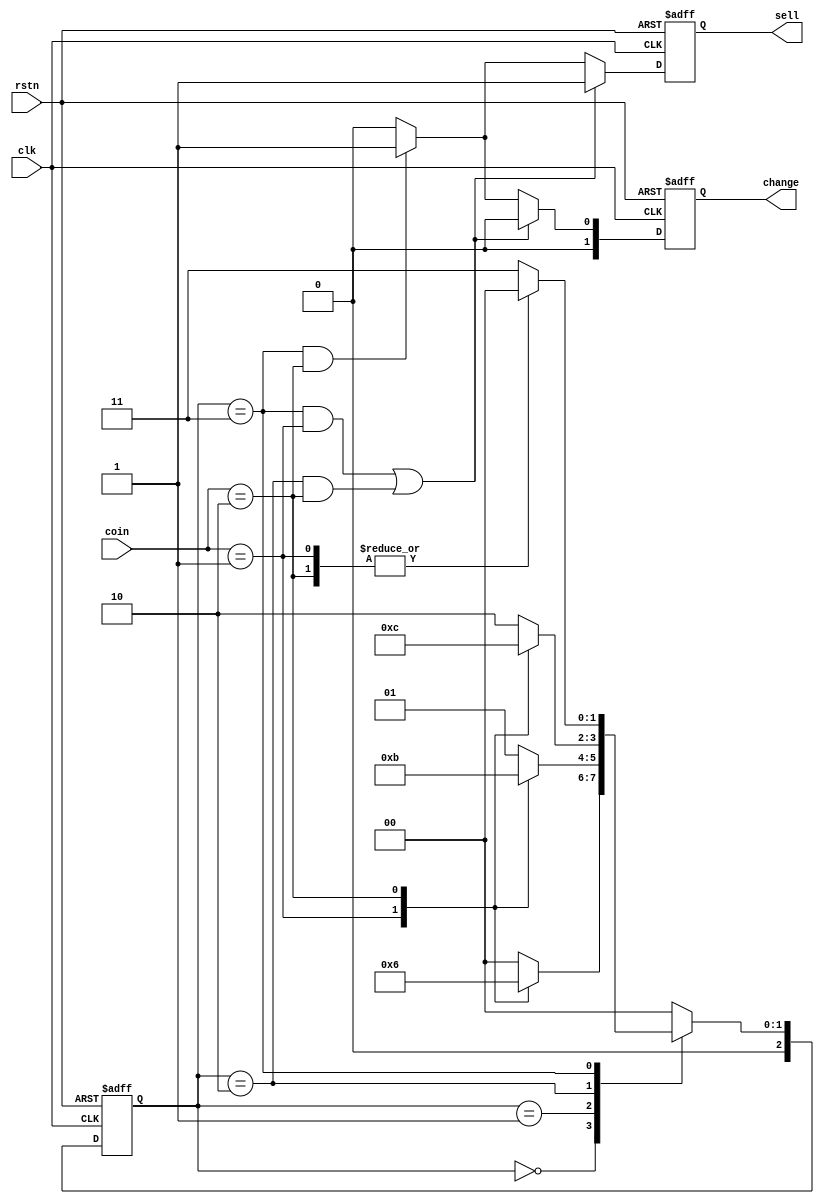
// vending-machine
// 2 yuan for a bottle of drink
// only 2 coins supported: 5 jiao and 1 yuan
// finish the function of selling and changing

module  vending_machine_p3  (
    input           clk ,
    input           rstn ,
    input [1:0]     coin ,     //01 for 0.5 jiao, 10 for 1 yuan

    output [1:0]    change ,
    output          sell    //output the drink
    );

    //machine state decode
    parameter            IDLE   = 3'd0 ;
    parameter            GET05  = 3'd1 ;
    parameter            GET10  = 3'd2 ;
    parameter            GET15  = 3'd3 ;

    //machine variable
    reg [2:0]            st_next ;
    reg [2:0]            st_cur ;

    //(1) state transfer
    always @(posedge clk or negedge rstn) begin
        if (!rstn) begin
            st_cur      <= 'b0 ;
        end
        else begin
            st_cur      <= st_next ;
        end
    end

    //(2) state switch, using block assignment for combination-logic
    //all case items need to be displayed completely    
    always @(*) begin
        //st_next = st_cur ;//latch
        case(st_cur)
            IDLE:
                case (coin)
                    2'b01:     st_next = GET05 ;
                    2'b10:     st_next = GET10 ;
                    default:   st_next = IDLE ;
                endcase
            GET05:
                case (coin)
                    2'b01:     st_next = GET10 ;
                    2'b10:     st_next = GET15 ;
                    default:   st_next = GET05 ;
                endcase

            GET10:
                case (coin)
                    2'b01:     st_next = GET15 ;
                    2'b10:     st_next = IDLE ;
                    default:   st_next = GET10 ;
                endcase
            GET15:
                case (coin)
                    2'b01,2'b10:
                               st_next = IDLE ;
                    default:   st_next = GET15 ;
                endcase
            default:    st_next = IDLE ;
        endcase
    end

    //(3) output logic, using non-block assignment
    reg  [1:0]   change_r ;
    reg          sell_r ;
    always @(posedge clk or negedge rstn) begin
        if (!rstn) begin
            change_r       <= 2'b0 ;
            sell_r         <= 1'b0 ;
        end
        else if ((st_cur == GET15 && coin ==2'h1)
               || (st_cur == GET10 && coin ==2'd2)) begin
            change_r       <= 2'b0 ;
            sell_r         <= 1'b1 ;
        end
        else if (st_cur == GET15 && coin == 2'h2) begin
            change_r       <= 2'b1 ;
            sell_r         <= 1'b1 ;
        end
        else begin
            change_r       <= 2'b0 ;
            sell_r         <= 1'b0 ;
        end
    end
    assign       sell    = sell_r ;
    assign       change  = change_r ;

endmodule